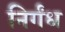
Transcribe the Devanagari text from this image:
निर्गंध